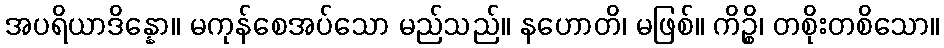
အပရိယာဒိန္နော။ မကုန်စေအပ်သော မည်သည်။ နဟောတိ၊ မဖြစ်။ ကိဉ္စိ၊ တစိုးတစိသော။